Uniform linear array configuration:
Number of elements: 48
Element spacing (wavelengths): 0.25
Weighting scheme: hamming
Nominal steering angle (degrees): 30
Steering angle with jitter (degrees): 31.917
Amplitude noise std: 0.05
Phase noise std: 0.05

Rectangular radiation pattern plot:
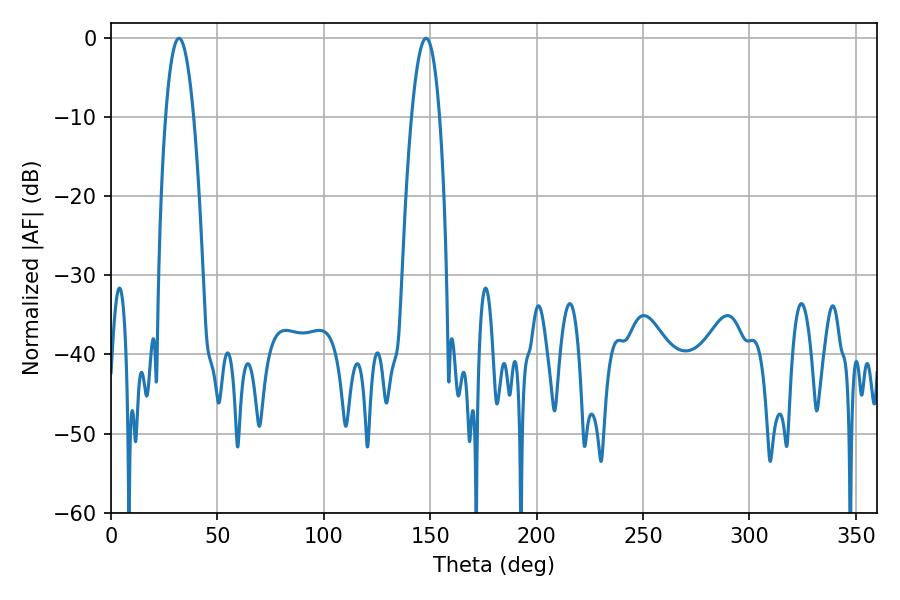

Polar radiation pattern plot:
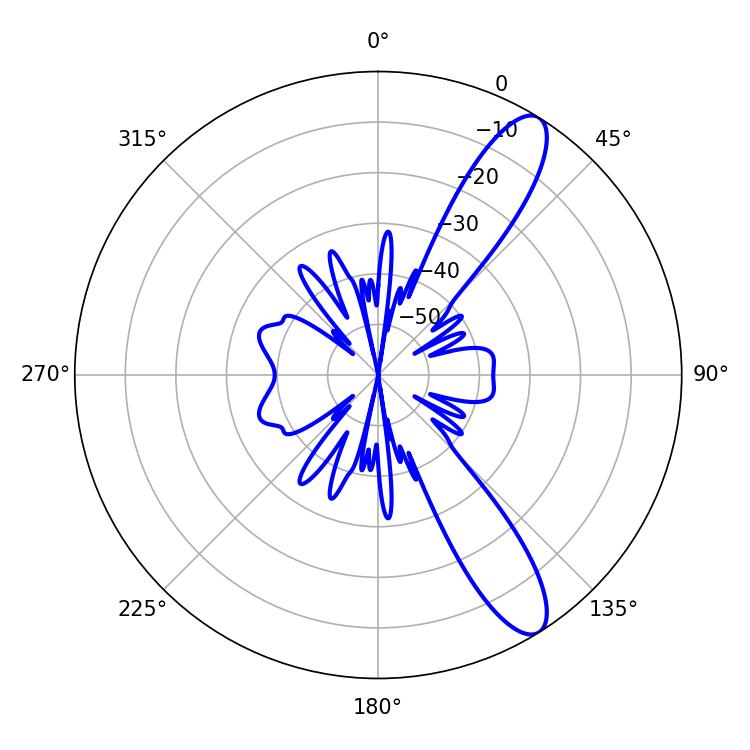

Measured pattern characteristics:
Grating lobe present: FALSE
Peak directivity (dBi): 11.397
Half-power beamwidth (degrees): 7.2
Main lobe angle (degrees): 31.86